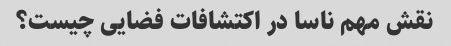
نقش مهم ناسا در اکتشافات فضایی چیست؟